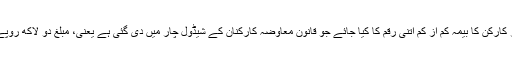
ہر کارکن کا بیمہ کم از کم اتنی رقم کا کیا جائے جو قانون معاوضہ کارکنان کے شیڈول چار میں دی گئی ہے یعنی، مبلغ دو لاکھ روپے۔